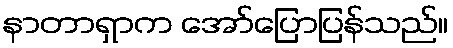
နာတာရှာက အော်ပြောပြန်သည်။